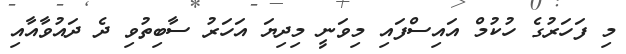
މި ފަހަރުގެ ހުކުމް އައިސްފައި މިވަނީ މިދިޔަ އަހަރު ސާބިތުވި ދެ ދައުވާއާއި